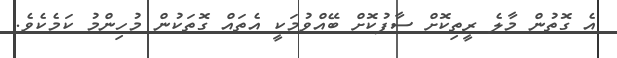
އެ ގޮތުން މާލެ ރީތިކޮށް ސާފުކޮށް ބޭއްވުމަކީ އެތައް ގޮތަކުން މުހިންމު ކަމެކެވެ.